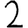
Digit: 2